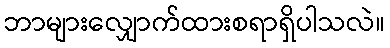
ဘာများလျှောက်ထားစရာရှိပါသလဲ။